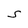
Character: S